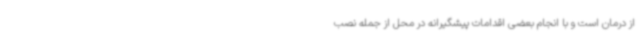
از درمان است و با انجام بعضی اقدامات پیشگیرانه در محل از جمله نصب